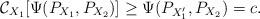
LaTeX: \begin{align*}\mathcal{C}_{X_1}[\Psi(P_{X_1},P_{X_2})]\ge \Psi(P_{X_1'},P_{X_2})=c.\end{align*}